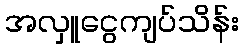
အလှူငွေကျပ်သိန်း